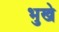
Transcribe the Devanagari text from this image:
भुखे